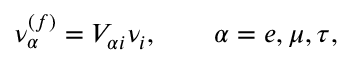
\nu _ { \alpha } ^ { ( f ) } = V _ { \alpha i } \nu _ { i } , \qquad \alpha = e , \mu , \tau ,